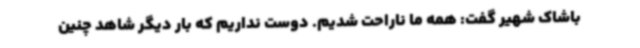
باشاک شهیر گفت: همه ما ناراحت شدیم. دوست نداریم که بار دیگر شاهد چنین